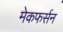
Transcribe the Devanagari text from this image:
मेकफर्सन